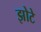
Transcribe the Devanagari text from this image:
झोटे